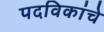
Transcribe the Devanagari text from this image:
पदविकांचे